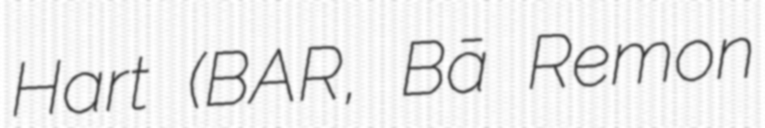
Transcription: Hart (BARレモン・ハート, Bā Remon